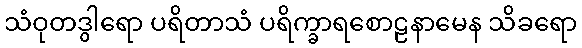
သံဝုတဒွါရော ပရိတာသံ ပရိက္ခာရစောဠနာမေန သိခရော